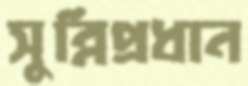
সুন্নিপ্রধান